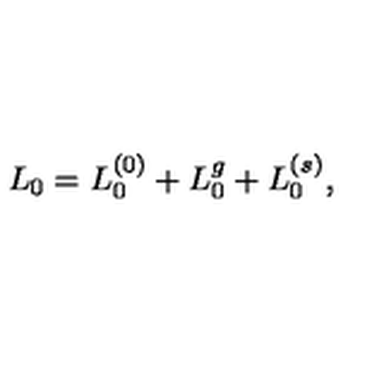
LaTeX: L _ { 0 } = L _ { 0 } ^ { ( 0 ) } + L _ { 0 } ^ { g } + L _ { 0 } ^ { ( s ) } ,